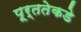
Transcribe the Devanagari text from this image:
पूर्ततेकडे